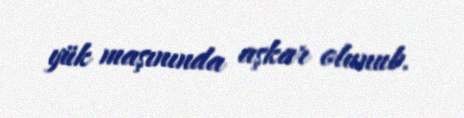
yük maşınında aşkar olunub.